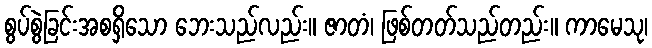
စွပ်စွဲခြင်းအစရှိသော ဘေးသည်လည်း။ ဇာတံ၊ ဖြစ်တတ်သည်တည်း။ ကာမေသု၊